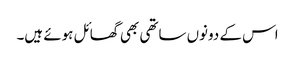
اس کے دونوں ساتھی بھی گھائل ہوئے ہیں۔